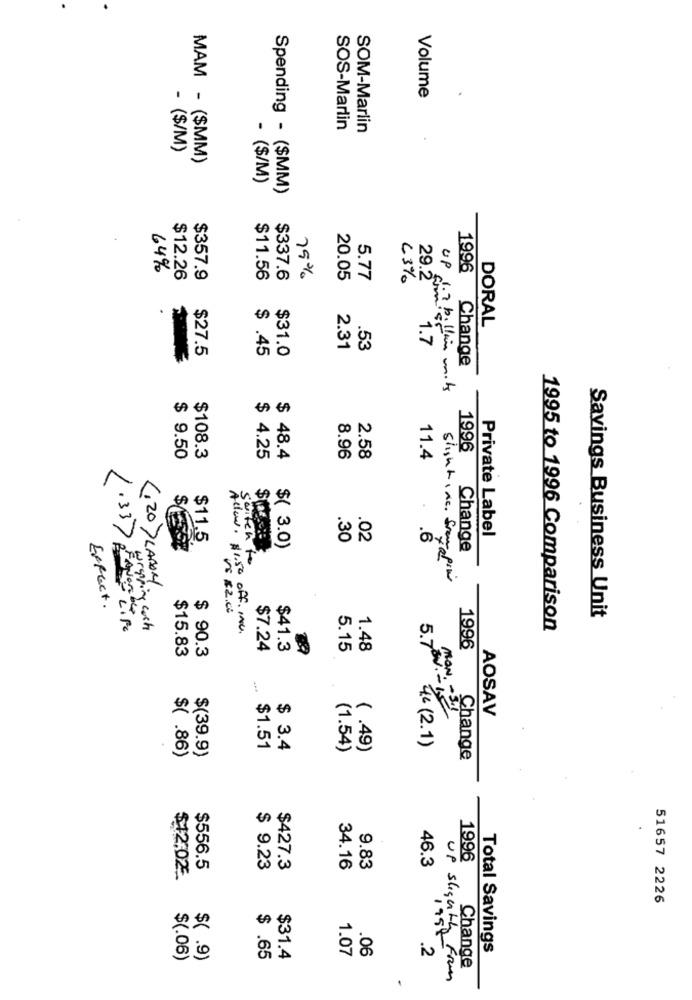
Volume
SOS-Marlin
SOM-Marlin
- ($/M)
MAM - ($MM)
- ($/M)
Spending - ($MM)
64%
1996
$12.26
$357.9
$11.56
$337.6
75%
20.05
5.77
63%
29.2
DORAL
1.7
$27.5
$ .45
$31.0
2.31
.53
Change
UP 1.7 billion mits
1996
$ 9.50
$108.3
$ 4.25
$ 48.4
8.96
2.58
11.4
Private Label
.30
.02
.6
$11.5
$( 3.0)
Change
switch to
.337 OF
slightine, from pro
(.20) LABOR
Effect.
Us $2.00
Savings Business Unit
wrapping cash
Allow. $1.50 off. me.
1995 to 1996 Comparison
$15.83
$ 90.3
$7.24
$41.3
5.15
1.48
1996
...
AOSAV
4.0 (2.1)
$( .86)
$1.51
$ 3.4
(1.54)
( .49)
$(39.9)
Change
46.3
1996
$556.5
$ 9.23
$427.3
34.16
9.83
$12,02:
51657 2226
UP slightly
1.07
.06
.2
Total Savings
$(.06)
$( .9)
$ .65
$31.4
Change
1950 From